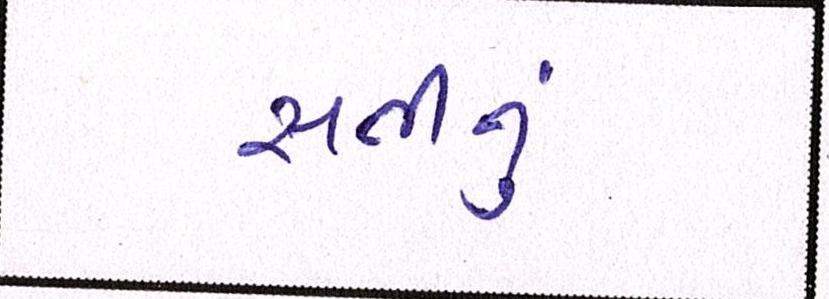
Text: સતીનું